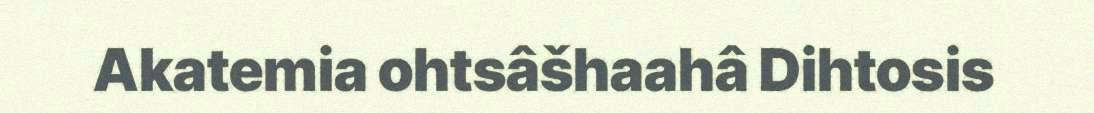
Akatemia ohtsâšhaahâ Dihtosis